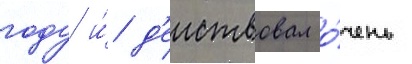
году и́ д'еиствовал о́чень